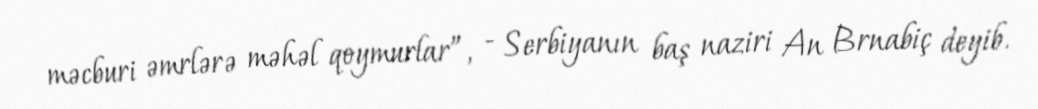
məcburi əmrlərə məhəl qoymurlar”, - Serbiyanın baş naziri An Brnabiç deyib.